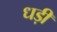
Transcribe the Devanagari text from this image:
धड़ी